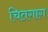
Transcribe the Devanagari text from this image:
चितगाग